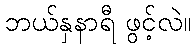
ဘယ်နှနာရီ ဖွင့်လဲ။